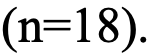
(n=18).